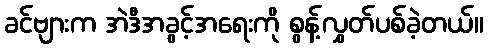
ခင်ဗျားက အဲဒီအခွင့်အရေးကို စွန့်လွှတ်ပစ်ခဲ့တယ်။